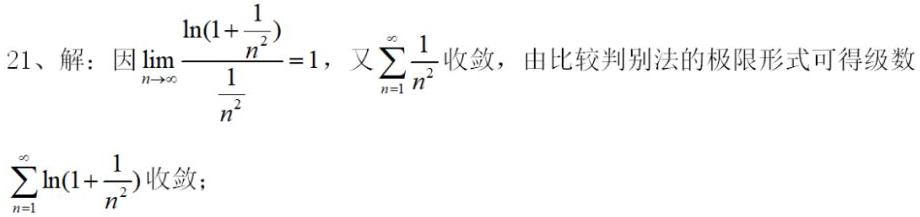
21、解：因$\lim_{n \to \infty} \frac{\ln(1 + \frac{1}{n^2})}{\frac{1}{n^2}} = 1$，又$\sum_{n = 1}^{\infty} \frac{1}{n^2}$收敛，由比较判别法的极限形式可得级数$\sum_{n = 1}^{\infty} \ln(1 + \frac{1}{n^2})$收敛；